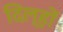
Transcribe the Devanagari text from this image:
दिल्हों